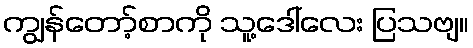
ကျွန်တော့်စာကို သူ့ဒေါ်လေး ပြသဗျ။